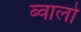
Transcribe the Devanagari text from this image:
ब्वालो